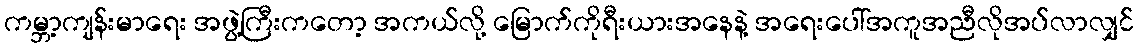
ကမ္ဘာ့ကျန်းမာရေး အဖွဲ့ကြီးကတော့ အကယ်လို့ မြောက်ကိုရီးယားအနေနဲ့ အရေးပေါ်အကူအညီလိုအပ်လာလျှင်